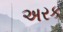
અરક